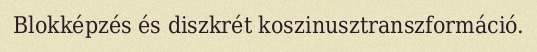
Blokképzés és diszkrét koszinusztranszformáció.